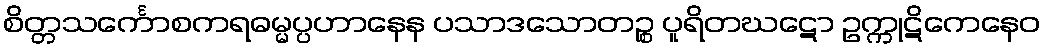
စိတ္တသင်္ကောစကရဓမ္မပ္ပဟာနေန ပသာဒသောတဉ္စ ပူရိတဃဋော ဥက္ကုဋိကေနေဝ